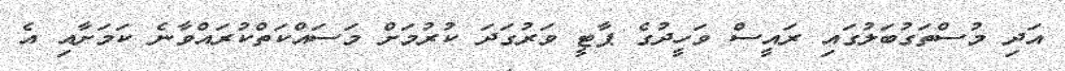
އަދި މުސްތަގުބަލުގައި ރައީސް ވަހީދުގެ ޕާޓީ ވަރުގަދަ ކުރުމަށް މަސައްކަތްކުރައްވާނެ ކަމަށާއި އެ